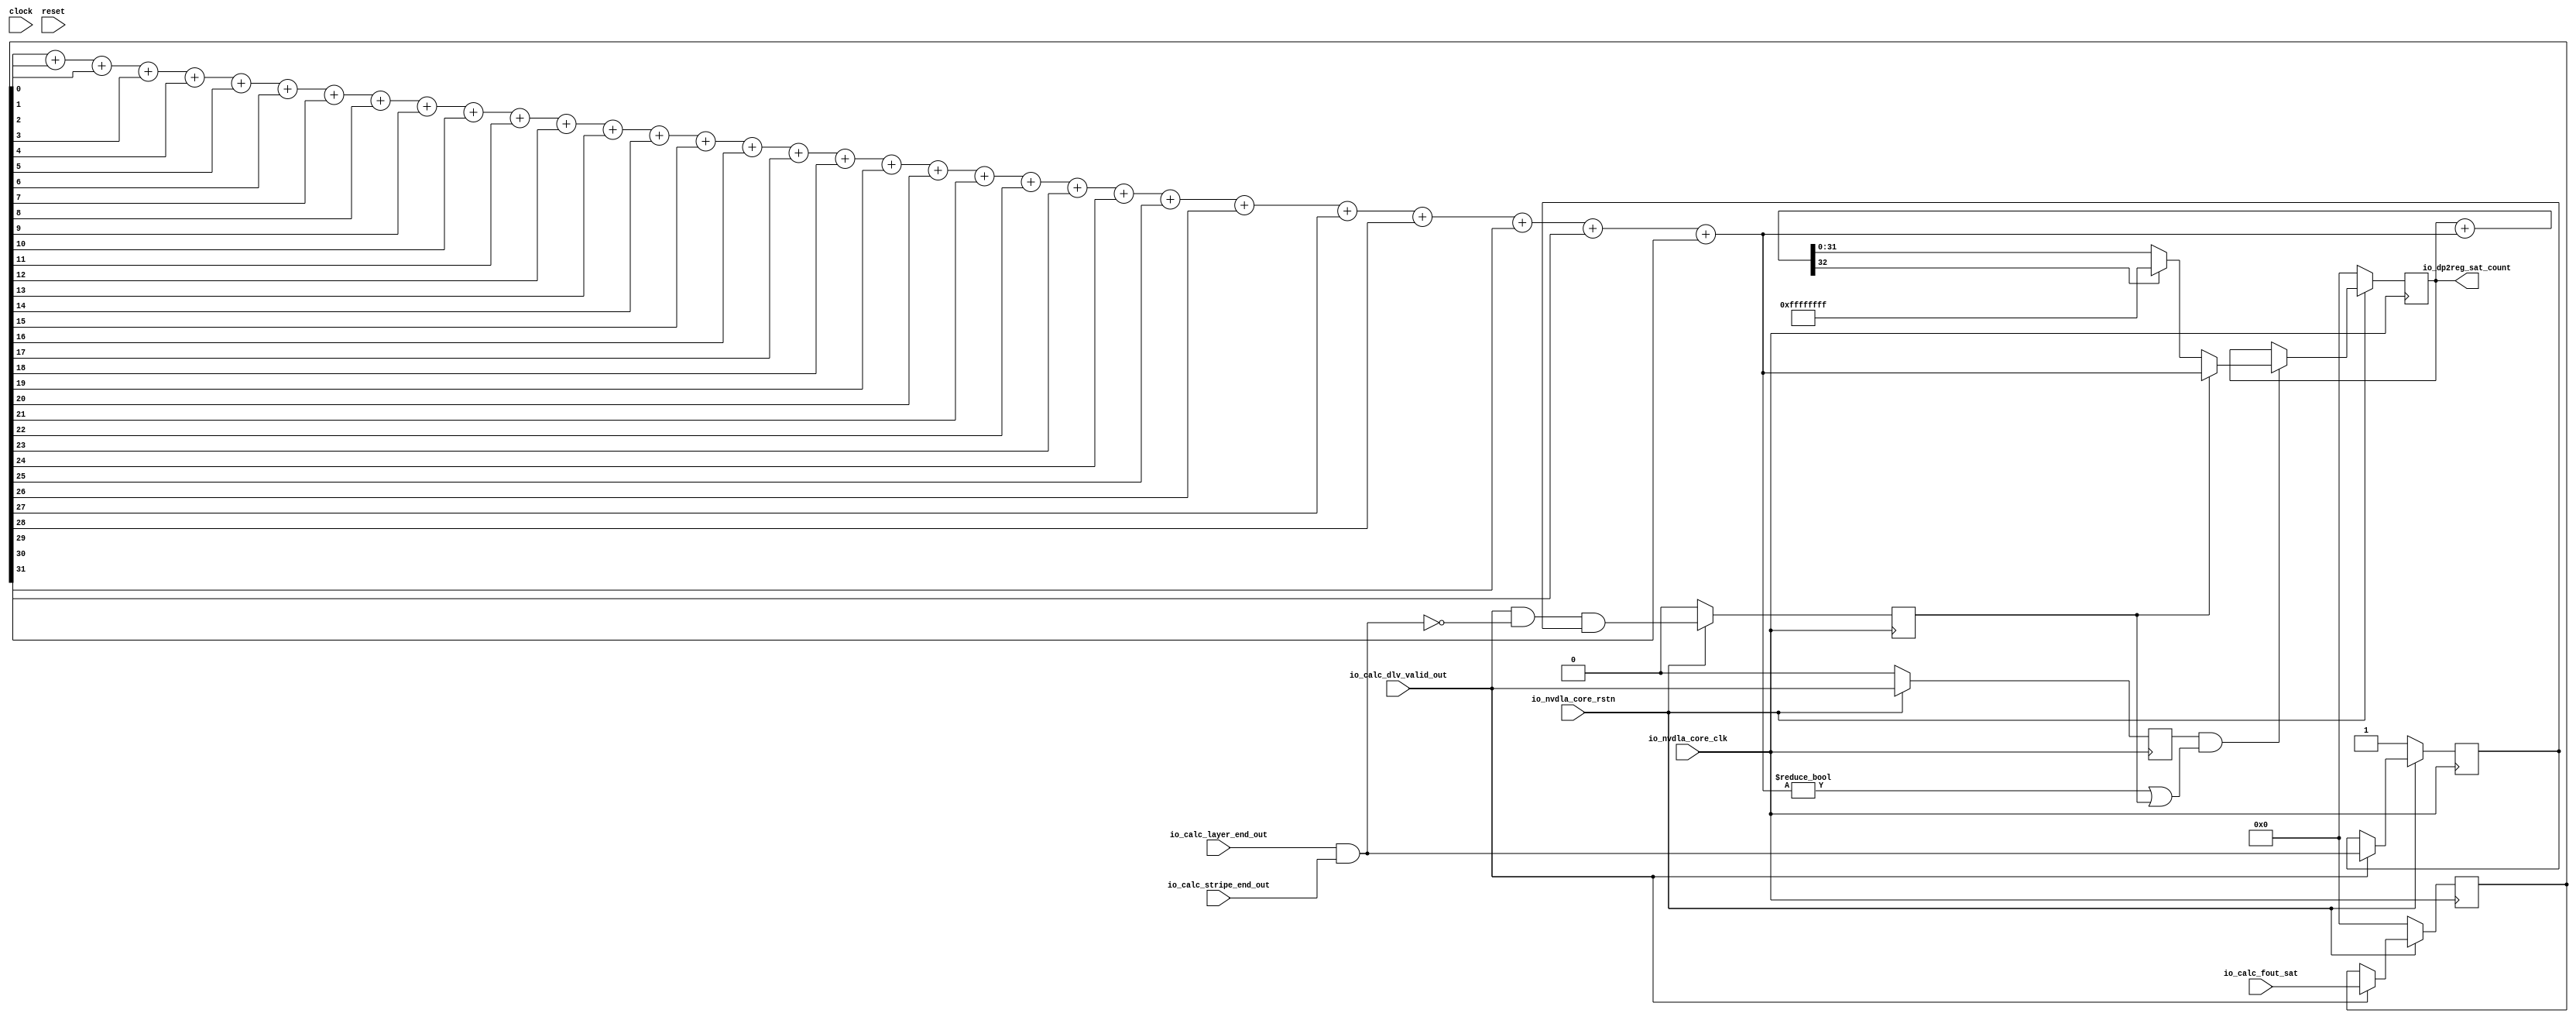
module NV_soDLA_CACC_calculator_oc_gate( // @[:@3.2]
  input         clock, // @[:@4.4]
  input         reset, // @[:@5.4]
  input         io_nvdla_core_clk, // @[:@6.4]
  input         io_nvdla_core_rstn, // @[:@6.4]
  input  [31:0] io_calc_fout_sat, // @[:@6.4]
  input         io_calc_layer_end_out, // @[:@6.4]
  input         io_calc_stripe_end_out, // @[:@6.4]
  input         io_calc_dlv_valid_out, // @[:@6.4]
  output [31:0] io_dp2reg_sat_count // @[:@6.4]
);
  wire  _T_20; // @[NV_soDLA_CACC_calculator_oc_gate.scala 25:38:@8.4]
  reg  dlv_sat_vld_d1; // @[NV_soDLA_CACC_calculator_oc_gate.scala 27:33:@9.4]
  reg [31:0] _RAND_0;
  reg  dlv_sat_end_d1; // @[NV_soDLA_CACC_calculator_oc_gate.scala 28:33:@10.4]
  reg [31:0] _RAND_1;
  reg [31:0] dlv_sat_bit_d1; // @[NV_soDLA_CACC_calculator_oc_gate.scala 29:33:@11.4]
  reg [31:0] _RAND_2;
  reg  dlv_sat_clr_d1; // @[NV_soDLA_CACC_calculator_oc_gate.scala 30:33:@12.4]
  reg [31:0] _RAND_3;
  wire  dlv_sat_end; // @[NV_soDLA_CACC_calculator_oc_gate.scala 33:45:@13.4]
  wire  _T_29; // @[NV_soDLA_CACC_calculator_oc_gate.scala 34:47:@14.4]
  wire  _T_30; // @[NV_soDLA_CACC_calculator_oc_gate.scala 34:45:@15.4]
  wire  dlv_sat_clr; // @[NV_soDLA_CACC_calculator_oc_gate.scala 34:60:@16.4]
  wire  _GEN_0; // @[NV_soDLA_CACC_calculator_oc_gate.scala 37:32:@18.4]
  wire [31:0] _GEN_1; // @[NV_soDLA_CACC_calculator_oc_gate.scala 37:32:@18.4]
  wire  _T_31; // @[NV_soDLA_CACC_calculator_oc_gate.scala 42:77:@23.4]
  wire  _T_32; // @[NV_soDLA_CACC_calculator_oc_gate.scala 42:77:@24.4]
  wire  _T_33; // @[NV_soDLA_CACC_calculator_oc_gate.scala 42:77:@25.4]
  wire  _T_34; // @[NV_soDLA_CACC_calculator_oc_gate.scala 42:77:@26.4]
  wire  _T_35; // @[NV_soDLA_CACC_calculator_oc_gate.scala 42:77:@27.4]
  wire  _T_36; // @[NV_soDLA_CACC_calculator_oc_gate.scala 42:77:@28.4]
  wire  _T_37; // @[NV_soDLA_CACC_calculator_oc_gate.scala 42:77:@29.4]
  wire  _T_38; // @[NV_soDLA_CACC_calculator_oc_gate.scala 42:77:@30.4]
  wire  _T_39; // @[NV_soDLA_CACC_calculator_oc_gate.scala 42:77:@31.4]
  wire  _T_40; // @[NV_soDLA_CACC_calculator_oc_gate.scala 42:77:@32.4]
  wire  _T_41; // @[NV_soDLA_CACC_calculator_oc_gate.scala 42:77:@33.4]
  wire  _T_42; // @[NV_soDLA_CACC_calculator_oc_gate.scala 42:77:@34.4]
  wire  _T_43; // @[NV_soDLA_CACC_calculator_oc_gate.scala 42:77:@35.4]
  wire  _T_44; // @[NV_soDLA_CACC_calculator_oc_gate.scala 42:77:@36.4]
  wire  _T_45; // @[NV_soDLA_CACC_calculator_oc_gate.scala 42:77:@37.4]
  wire  _T_46; // @[NV_soDLA_CACC_calculator_oc_gate.scala 42:77:@38.4]
  wire  _T_47; // @[NV_soDLA_CACC_calculator_oc_gate.scala 42:77:@39.4]
  wire  _T_48; // @[NV_soDLA_CACC_calculator_oc_gate.scala 42:77:@40.4]
  wire  _T_49; // @[NV_soDLA_CACC_calculator_oc_gate.scala 42:77:@41.4]
  wire  _T_50; // @[NV_soDLA_CACC_calculator_oc_gate.scala 42:77:@42.4]
  wire  _T_51; // @[NV_soDLA_CACC_calculator_oc_gate.scala 42:77:@43.4]
  wire  _T_52; // @[NV_soDLA_CACC_calculator_oc_gate.scala 42:77:@44.4]
  wire  _T_53; // @[NV_soDLA_CACC_calculator_oc_gate.scala 42:77:@45.4]
  wire  _T_54; // @[NV_soDLA_CACC_calculator_oc_gate.scala 42:77:@46.4]
  wire  _T_55; // @[NV_soDLA_CACC_calculator_oc_gate.scala 42:77:@47.4]
  wire  _T_56; // @[NV_soDLA_CACC_calculator_oc_gate.scala 42:77:@48.4]
  wire  _T_57; // @[NV_soDLA_CACC_calculator_oc_gate.scala 42:77:@49.4]
  wire  _T_58; // @[NV_soDLA_CACC_calculator_oc_gate.scala 42:77:@50.4]
  wire  _T_59; // @[NV_soDLA_CACC_calculator_oc_gate.scala 42:77:@51.4]
  wire  _T_60; // @[NV_soDLA_CACC_calculator_oc_gate.scala 42:77:@52.4]
  wire  _T_61; // @[NV_soDLA_CACC_calculator_oc_gate.scala 42:77:@53.4]
  wire  _T_62; // @[NV_soDLA_CACC_calculator_oc_gate.scala 42:77:@54.4]
  wire [1:0] _T_101; // @[NV_soDLA_CACC_calculator_oc_gate.scala 42:98:@88.4]
  wire [1:0] _GEN_3; // @[NV_soDLA_CACC_calculator_oc_gate.scala 42:98:@89.4]
  wire [2:0] _T_102; // @[NV_soDLA_CACC_calculator_oc_gate.scala 42:98:@89.4]
  wire [2:0] _GEN_4; // @[NV_soDLA_CACC_calculator_oc_gate.scala 42:98:@90.4]
  wire [3:0] _T_103; // @[NV_soDLA_CACC_calculator_oc_gate.scala 42:98:@90.4]
  wire [3:0] _GEN_5; // @[NV_soDLA_CACC_calculator_oc_gate.scala 42:98:@91.4]
  wire [4:0] _T_104; // @[NV_soDLA_CACC_calculator_oc_gate.scala 42:98:@91.4]
  wire [4:0] _GEN_6; // @[NV_soDLA_CACC_calculator_oc_gate.scala 42:98:@92.4]
  wire [5:0] _T_105; // @[NV_soDLA_CACC_calculator_oc_gate.scala 42:98:@92.4]
  wire [5:0] _GEN_7; // @[NV_soDLA_CACC_calculator_oc_gate.scala 42:98:@93.4]
  wire [6:0] _T_106; // @[NV_soDLA_CACC_calculator_oc_gate.scala 42:98:@93.4]
  wire [6:0] _GEN_8; // @[NV_soDLA_CACC_calculator_oc_gate.scala 42:98:@94.4]
  wire [7:0] _T_107; // @[NV_soDLA_CACC_calculator_oc_gate.scala 42:98:@94.4]
  wire [7:0] _GEN_9; // @[NV_soDLA_CACC_calculator_oc_gate.scala 42:98:@95.4]
  wire [8:0] _T_108; // @[NV_soDLA_CACC_calculator_oc_gate.scala 42:98:@95.4]
  wire [8:0] _GEN_10; // @[NV_soDLA_CACC_calculator_oc_gate.scala 42:98:@96.4]
  wire [9:0] _T_109; // @[NV_soDLA_CACC_calculator_oc_gate.scala 42:98:@96.4]
  wire [9:0] _GEN_11; // @[NV_soDLA_CACC_calculator_oc_gate.scala 42:98:@97.4]
  wire [10:0] _T_110; // @[NV_soDLA_CACC_calculator_oc_gate.scala 42:98:@97.4]
  wire [10:0] _GEN_12; // @[NV_soDLA_CACC_calculator_oc_gate.scala 42:98:@98.4]
  wire [11:0] _T_111; // @[NV_soDLA_CACC_calculator_oc_gate.scala 42:98:@98.4]
  wire [11:0] _GEN_13; // @[NV_soDLA_CACC_calculator_oc_gate.scala 42:98:@99.4]
  wire [12:0] _T_112; // @[NV_soDLA_CACC_calculator_oc_gate.scala 42:98:@99.4]
  wire [12:0] _GEN_14; // @[NV_soDLA_CACC_calculator_oc_gate.scala 42:98:@100.4]
  wire [13:0] _T_113; // @[NV_soDLA_CACC_calculator_oc_gate.scala 42:98:@100.4]
  wire [13:0] _GEN_15; // @[NV_soDLA_CACC_calculator_oc_gate.scala 42:98:@101.4]
  wire [14:0] _T_114; // @[NV_soDLA_CACC_calculator_oc_gate.scala 42:98:@101.4]
  wire [14:0] _GEN_16; // @[NV_soDLA_CACC_calculator_oc_gate.scala 42:98:@102.4]
  wire [15:0] _T_115; // @[NV_soDLA_CACC_calculator_oc_gate.scala 42:98:@102.4]
  wire [15:0] _GEN_17; // @[NV_soDLA_CACC_calculator_oc_gate.scala 42:98:@103.4]
  wire [16:0] _T_116; // @[NV_soDLA_CACC_calculator_oc_gate.scala 42:98:@103.4]
  wire [16:0] _GEN_18; // @[NV_soDLA_CACC_calculator_oc_gate.scala 42:98:@104.4]
  wire [17:0] _T_117; // @[NV_soDLA_CACC_calculator_oc_gate.scala 42:98:@104.4]
  wire [17:0] _GEN_19; // @[NV_soDLA_CACC_calculator_oc_gate.scala 42:98:@105.4]
  wire [18:0] _T_118; // @[NV_soDLA_CACC_calculator_oc_gate.scala 42:98:@105.4]
  wire [18:0] _GEN_20; // @[NV_soDLA_CACC_calculator_oc_gate.scala 42:98:@106.4]
  wire [19:0] _T_119; // @[NV_soDLA_CACC_calculator_oc_gate.scala 42:98:@106.4]
  wire [19:0] _GEN_21; // @[NV_soDLA_CACC_calculator_oc_gate.scala 42:98:@107.4]
  wire [20:0] _T_120; // @[NV_soDLA_CACC_calculator_oc_gate.scala 42:98:@107.4]
  wire [20:0] _GEN_22; // @[NV_soDLA_CACC_calculator_oc_gate.scala 42:98:@108.4]
  wire [21:0] _T_121; // @[NV_soDLA_CACC_calculator_oc_gate.scala 42:98:@108.4]
  wire [21:0] _GEN_23; // @[NV_soDLA_CACC_calculator_oc_gate.scala 42:98:@109.4]
  wire [22:0] _T_122; // @[NV_soDLA_CACC_calculator_oc_gate.scala 42:98:@109.4]
  wire [22:0] _GEN_24; // @[NV_soDLA_CACC_calculator_oc_gate.scala 42:98:@110.4]
  wire [23:0] _T_123; // @[NV_soDLA_CACC_calculator_oc_gate.scala 42:98:@110.4]
  wire [23:0] _GEN_25; // @[NV_soDLA_CACC_calculator_oc_gate.scala 42:98:@111.4]
  wire [24:0] _T_124; // @[NV_soDLA_CACC_calculator_oc_gate.scala 42:98:@111.4]
  wire [24:0] _GEN_26; // @[NV_soDLA_CACC_calculator_oc_gate.scala 42:98:@112.4]
  wire [25:0] _T_125; // @[NV_soDLA_CACC_calculator_oc_gate.scala 42:98:@112.4]
  wire [25:0] _GEN_27; // @[NV_soDLA_CACC_calculator_oc_gate.scala 42:98:@113.4]
  wire [26:0] _T_126; // @[NV_soDLA_CACC_calculator_oc_gate.scala 42:98:@113.4]
  wire [26:0] _GEN_28; // @[NV_soDLA_CACC_calculator_oc_gate.scala 42:98:@114.4]
  wire [27:0] _T_127; // @[NV_soDLA_CACC_calculator_oc_gate.scala 42:98:@114.4]
  wire [27:0] _GEN_29; // @[NV_soDLA_CACC_calculator_oc_gate.scala 42:98:@115.4]
  wire [28:0] _T_128; // @[NV_soDLA_CACC_calculator_oc_gate.scala 42:98:@115.4]
  wire [28:0] _GEN_30; // @[NV_soDLA_CACC_calculator_oc_gate.scala 42:98:@116.4]
  wire [29:0] _T_129; // @[NV_soDLA_CACC_calculator_oc_gate.scala 42:98:@116.4]
  wire [29:0] _GEN_31; // @[NV_soDLA_CACC_calculator_oc_gate.scala 42:98:@117.4]
  wire [30:0] _T_130; // @[NV_soDLA_CACC_calculator_oc_gate.scala 42:98:@117.4]
  wire [30:0] _GEN_32; // @[NV_soDLA_CACC_calculator_oc_gate.scala 42:98:@118.4]
  wire [31:0] sat_sum; // @[NV_soDLA_CACC_calculator_oc_gate.scala 42:98:@118.4]
  reg [31:0] sat_count; // @[NV_soDLA_CACC_calculator_oc_gate.scala 44:28:@119.4]
  reg [31:0] _RAND_4;
  wire [32:0] _T_133; // @[NV_soDLA_CACC_calculator_oc_gate.scala 45:36:@120.4]
  wire [31:0] sat_count_inc; // @[NV_soDLA_CACC_calculator_oc_gate.scala 45:47:@121.4]
  wire  sat_carry; // @[NV_soDLA_CACC_calculator_oc_gate.scala 46:43:@123.4]
  wire [31:0] _T_141; // @[NV_soDLA_CACC_calculator_oc_gate.scala 49:26:@126.4]
  wire [31:0] sat_count_w; // @[NV_soDLA_CACC_calculator_oc_gate.scala 48:23:@127.4]
  wire  _T_144; // @[NV_soDLA_CACC_calculator_oc_gate.scala 50:49:@129.4]
  wire  _T_145; // @[NV_soDLA_CACC_calculator_oc_gate.scala 50:54:@130.4]
  wire  sat_reg_en; // @[NV_soDLA_CACC_calculator_oc_gate.scala 50:37:@131.4]
  wire [31:0] _GEN_2; // @[NV_soDLA_CACC_calculator_oc_gate.scala 51:21:@132.4]
  assign _T_20 = io_nvdla_core_rstn == 1'h0; // @[NV_soDLA_CACC_calculator_oc_gate.scala 25:38:@8.4]
  assign dlv_sat_end = io_calc_layer_end_out & io_calc_stripe_end_out; // @[NV_soDLA_CACC_calculator_oc_gate.scala 33:45:@13.4]
  assign _T_29 = ~ dlv_sat_end; // @[NV_soDLA_CACC_calculator_oc_gate.scala 34:47:@14.4]
  assign _T_30 = io_calc_dlv_valid_out & _T_29; // @[NV_soDLA_CACC_calculator_oc_gate.scala 34:45:@15.4]
  assign dlv_sat_clr = _T_30 & dlv_sat_end_d1; // @[NV_soDLA_CACC_calculator_oc_gate.scala 34:60:@16.4]
  assign _GEN_0 = io_calc_dlv_valid_out ? dlv_sat_end : dlv_sat_end_d1; // @[NV_soDLA_CACC_calculator_oc_gate.scala 37:32:@18.4]
  assign _GEN_1 = io_calc_dlv_valid_out ? io_calc_fout_sat : dlv_sat_bit_d1; // @[NV_soDLA_CACC_calculator_oc_gate.scala 37:32:@18.4]
  assign _T_31 = dlv_sat_bit_d1[0]; // @[NV_soDLA_CACC_calculator_oc_gate.scala 42:77:@23.4]
  assign _T_32 = dlv_sat_bit_d1[1]; // @[NV_soDLA_CACC_calculator_oc_gate.scala 42:77:@24.4]
  assign _T_33 = dlv_sat_bit_d1[2]; // @[NV_soDLA_CACC_calculator_oc_gate.scala 42:77:@25.4]
  assign _T_34 = dlv_sat_bit_d1[3]; // @[NV_soDLA_CACC_calculator_oc_gate.scala 42:77:@26.4]
  assign _T_35 = dlv_sat_bit_d1[4]; // @[NV_soDLA_CACC_calculator_oc_gate.scala 42:77:@27.4]
  assign _T_36 = dlv_sat_bit_d1[5]; // @[NV_soDLA_CACC_calculator_oc_gate.scala 42:77:@28.4]
  assign _T_37 = dlv_sat_bit_d1[6]; // @[NV_soDLA_CACC_calculator_oc_gate.scala 42:77:@29.4]
  assign _T_38 = dlv_sat_bit_d1[7]; // @[NV_soDLA_CACC_calculator_oc_gate.scala 42:77:@30.4]
  assign _T_39 = dlv_sat_bit_d1[8]; // @[NV_soDLA_CACC_calculator_oc_gate.scala 42:77:@31.4]
  assign _T_40 = dlv_sat_bit_d1[9]; // @[NV_soDLA_CACC_calculator_oc_gate.scala 42:77:@32.4]
  assign _T_41 = dlv_sat_bit_d1[10]; // @[NV_soDLA_CACC_calculator_oc_gate.scala 42:77:@33.4]
  assign _T_42 = dlv_sat_bit_d1[11]; // @[NV_soDLA_CACC_calculator_oc_gate.scala 42:77:@34.4]
  assign _T_43 = dlv_sat_bit_d1[12]; // @[NV_soDLA_CACC_calculator_oc_gate.scala 42:77:@35.4]
  assign _T_44 = dlv_sat_bit_d1[13]; // @[NV_soDLA_CACC_calculator_oc_gate.scala 42:77:@36.4]
  assign _T_45 = dlv_sat_bit_d1[14]; // @[NV_soDLA_CACC_calculator_oc_gate.scala 42:77:@37.4]
  assign _T_46 = dlv_sat_bit_d1[15]; // @[NV_soDLA_CACC_calculator_oc_gate.scala 42:77:@38.4]
  assign _T_47 = dlv_sat_bit_d1[16]; // @[NV_soDLA_CACC_calculator_oc_gate.scala 42:77:@39.4]
  assign _T_48 = dlv_sat_bit_d1[17]; // @[NV_soDLA_CACC_calculator_oc_gate.scala 42:77:@40.4]
  assign _T_49 = dlv_sat_bit_d1[18]; // @[NV_soDLA_CACC_calculator_oc_gate.scala 42:77:@41.4]
  assign _T_50 = dlv_sat_bit_d1[19]; // @[NV_soDLA_CACC_calculator_oc_gate.scala 42:77:@42.4]
  assign _T_51 = dlv_sat_bit_d1[20]; // @[NV_soDLA_CACC_calculator_oc_gate.scala 42:77:@43.4]
  assign _T_52 = dlv_sat_bit_d1[21]; // @[NV_soDLA_CACC_calculator_oc_gate.scala 42:77:@44.4]
  assign _T_53 = dlv_sat_bit_d1[22]; // @[NV_soDLA_CACC_calculator_oc_gate.scala 42:77:@45.4]
  assign _T_54 = dlv_sat_bit_d1[23]; // @[NV_soDLA_CACC_calculator_oc_gate.scala 42:77:@46.4]
  assign _T_55 = dlv_sat_bit_d1[24]; // @[NV_soDLA_CACC_calculator_oc_gate.scala 42:77:@47.4]
  assign _T_56 = dlv_sat_bit_d1[25]; // @[NV_soDLA_CACC_calculator_oc_gate.scala 42:77:@48.4]
  assign _T_57 = dlv_sat_bit_d1[26]; // @[NV_soDLA_CACC_calculator_oc_gate.scala 42:77:@49.4]
  assign _T_58 = dlv_sat_bit_d1[27]; // @[NV_soDLA_CACC_calculator_oc_gate.scala 42:77:@50.4]
  assign _T_59 = dlv_sat_bit_d1[28]; // @[NV_soDLA_CACC_calculator_oc_gate.scala 42:77:@51.4]
  assign _T_60 = dlv_sat_bit_d1[29]; // @[NV_soDLA_CACC_calculator_oc_gate.scala 42:77:@52.4]
  assign _T_61 = dlv_sat_bit_d1[30]; // @[NV_soDLA_CACC_calculator_oc_gate.scala 42:77:@53.4]
  assign _T_62 = dlv_sat_bit_d1[31]; // @[NV_soDLA_CACC_calculator_oc_gate.scala 42:77:@54.4]
  assign _T_101 = _T_31 + _T_32; // @[NV_soDLA_CACC_calculator_oc_gate.scala 42:98:@88.4]
  assign _GEN_3 = {{1'd0}, _T_33}; // @[NV_soDLA_CACC_calculator_oc_gate.scala 42:98:@89.4]
  assign _T_102 = _T_101 + _GEN_3; // @[NV_soDLA_CACC_calculator_oc_gate.scala 42:98:@89.4]
  assign _GEN_4 = {{2'd0}, _T_34}; // @[NV_soDLA_CACC_calculator_oc_gate.scala 42:98:@90.4]
  assign _T_103 = _T_102 + _GEN_4; // @[NV_soDLA_CACC_calculator_oc_gate.scala 42:98:@90.4]
  assign _GEN_5 = {{3'd0}, _T_35}; // @[NV_soDLA_CACC_calculator_oc_gate.scala 42:98:@91.4]
  assign _T_104 = _T_103 + _GEN_5; // @[NV_soDLA_CACC_calculator_oc_gate.scala 42:98:@91.4]
  assign _GEN_6 = {{4'd0}, _T_36}; // @[NV_soDLA_CACC_calculator_oc_gate.scala 42:98:@92.4]
  assign _T_105 = _T_104 + _GEN_6; // @[NV_soDLA_CACC_calculator_oc_gate.scala 42:98:@92.4]
  assign _GEN_7 = {{5'd0}, _T_37}; // @[NV_soDLA_CACC_calculator_oc_gate.scala 42:98:@93.4]
  assign _T_106 = _T_105 + _GEN_7; // @[NV_soDLA_CACC_calculator_oc_gate.scala 42:98:@93.4]
  assign _GEN_8 = {{6'd0}, _T_38}; // @[NV_soDLA_CACC_calculator_oc_gate.scala 42:98:@94.4]
  assign _T_107 = _T_106 + _GEN_8; // @[NV_soDLA_CACC_calculator_oc_gate.scala 42:98:@94.4]
  assign _GEN_9 = {{7'd0}, _T_39}; // @[NV_soDLA_CACC_calculator_oc_gate.scala 42:98:@95.4]
  assign _T_108 = _T_107 + _GEN_9; // @[NV_soDLA_CACC_calculator_oc_gate.scala 42:98:@95.4]
  assign _GEN_10 = {{8'd0}, _T_40}; // @[NV_soDLA_CACC_calculator_oc_gate.scala 42:98:@96.4]
  assign _T_109 = _T_108 + _GEN_10; // @[NV_soDLA_CACC_calculator_oc_gate.scala 42:98:@96.4]
  assign _GEN_11 = {{9'd0}, _T_41}; // @[NV_soDLA_CACC_calculator_oc_gate.scala 42:98:@97.4]
  assign _T_110 = _T_109 + _GEN_11; // @[NV_soDLA_CACC_calculator_oc_gate.scala 42:98:@97.4]
  assign _GEN_12 = {{10'd0}, _T_42}; // @[NV_soDLA_CACC_calculator_oc_gate.scala 42:98:@98.4]
  assign _T_111 = _T_110 + _GEN_12; // @[NV_soDLA_CACC_calculator_oc_gate.scala 42:98:@98.4]
  assign _GEN_13 = {{11'd0}, _T_43}; // @[NV_soDLA_CACC_calculator_oc_gate.scala 42:98:@99.4]
  assign _T_112 = _T_111 + _GEN_13; // @[NV_soDLA_CACC_calculator_oc_gate.scala 42:98:@99.4]
  assign _GEN_14 = {{12'd0}, _T_44}; // @[NV_soDLA_CACC_calculator_oc_gate.scala 42:98:@100.4]
  assign _T_113 = _T_112 + _GEN_14; // @[NV_soDLA_CACC_calculator_oc_gate.scala 42:98:@100.4]
  assign _GEN_15 = {{13'd0}, _T_45}; // @[NV_soDLA_CACC_calculator_oc_gate.scala 42:98:@101.4]
  assign _T_114 = _T_113 + _GEN_15; // @[NV_soDLA_CACC_calculator_oc_gate.scala 42:98:@101.4]
  assign _GEN_16 = {{14'd0}, _T_46}; // @[NV_soDLA_CACC_calculator_oc_gate.scala 42:98:@102.4]
  assign _T_115 = _T_114 + _GEN_16; // @[NV_soDLA_CACC_calculator_oc_gate.scala 42:98:@102.4]
  assign _GEN_17 = {{15'd0}, _T_47}; // @[NV_soDLA_CACC_calculator_oc_gate.scala 42:98:@103.4]
  assign _T_116 = _T_115 + _GEN_17; // @[NV_soDLA_CACC_calculator_oc_gate.scala 42:98:@103.4]
  assign _GEN_18 = {{16'd0}, _T_48}; // @[NV_soDLA_CACC_calculator_oc_gate.scala 42:98:@104.4]
  assign _T_117 = _T_116 + _GEN_18; // @[NV_soDLA_CACC_calculator_oc_gate.scala 42:98:@104.4]
  assign _GEN_19 = {{17'd0}, _T_49}; // @[NV_soDLA_CACC_calculator_oc_gate.scala 42:98:@105.4]
  assign _T_118 = _T_117 + _GEN_19; // @[NV_soDLA_CACC_calculator_oc_gate.scala 42:98:@105.4]
  assign _GEN_20 = {{18'd0}, _T_50}; // @[NV_soDLA_CACC_calculator_oc_gate.scala 42:98:@106.4]
  assign _T_119 = _T_118 + _GEN_20; // @[NV_soDLA_CACC_calculator_oc_gate.scala 42:98:@106.4]
  assign _GEN_21 = {{19'd0}, _T_51}; // @[NV_soDLA_CACC_calculator_oc_gate.scala 42:98:@107.4]
  assign _T_120 = _T_119 + _GEN_21; // @[NV_soDLA_CACC_calculator_oc_gate.scala 42:98:@107.4]
  assign _GEN_22 = {{20'd0}, _T_52}; // @[NV_soDLA_CACC_calculator_oc_gate.scala 42:98:@108.4]
  assign _T_121 = _T_120 + _GEN_22; // @[NV_soDLA_CACC_calculator_oc_gate.scala 42:98:@108.4]
  assign _GEN_23 = {{21'd0}, _T_53}; // @[NV_soDLA_CACC_calculator_oc_gate.scala 42:98:@109.4]
  assign _T_122 = _T_121 + _GEN_23; // @[NV_soDLA_CACC_calculator_oc_gate.scala 42:98:@109.4]
  assign _GEN_24 = {{22'd0}, _T_54}; // @[NV_soDLA_CACC_calculator_oc_gate.scala 42:98:@110.4]
  assign _T_123 = _T_122 + _GEN_24; // @[NV_soDLA_CACC_calculator_oc_gate.scala 42:98:@110.4]
  assign _GEN_25 = {{23'd0}, _T_55}; // @[NV_soDLA_CACC_calculator_oc_gate.scala 42:98:@111.4]
  assign _T_124 = _T_123 + _GEN_25; // @[NV_soDLA_CACC_calculator_oc_gate.scala 42:98:@111.4]
  assign _GEN_26 = {{24'd0}, _T_56}; // @[NV_soDLA_CACC_calculator_oc_gate.scala 42:98:@112.4]
  assign _T_125 = _T_124 + _GEN_26; // @[NV_soDLA_CACC_calculator_oc_gate.scala 42:98:@112.4]
  assign _GEN_27 = {{25'd0}, _T_57}; // @[NV_soDLA_CACC_calculator_oc_gate.scala 42:98:@113.4]
  assign _T_126 = _T_125 + _GEN_27; // @[NV_soDLA_CACC_calculator_oc_gate.scala 42:98:@113.4]
  assign _GEN_28 = {{26'd0}, _T_58}; // @[NV_soDLA_CACC_calculator_oc_gate.scala 42:98:@114.4]
  assign _T_127 = _T_126 + _GEN_28; // @[NV_soDLA_CACC_calculator_oc_gate.scala 42:98:@114.4]
  assign _GEN_29 = {{27'd0}, _T_59}; // @[NV_soDLA_CACC_calculator_oc_gate.scala 42:98:@115.4]
  assign _T_128 = _T_127 + _GEN_29; // @[NV_soDLA_CACC_calculator_oc_gate.scala 42:98:@115.4]
  assign _GEN_30 = {{28'd0}, _T_60}; // @[NV_soDLA_CACC_calculator_oc_gate.scala 42:98:@116.4]
  assign _T_129 = _T_128 + _GEN_30; // @[NV_soDLA_CACC_calculator_oc_gate.scala 42:98:@116.4]
  assign _GEN_31 = {{29'd0}, _T_61}; // @[NV_soDLA_CACC_calculator_oc_gate.scala 42:98:@117.4]
  assign _T_130 = _T_129 + _GEN_31; // @[NV_soDLA_CACC_calculator_oc_gate.scala 42:98:@117.4]
  assign _GEN_32 = {{30'd0}, _T_62}; // @[NV_soDLA_CACC_calculator_oc_gate.scala 42:98:@118.4]
  assign sat_sum = _T_130 + _GEN_32; // @[NV_soDLA_CACC_calculator_oc_gate.scala 42:98:@118.4]
  assign _T_133 = sat_count + sat_sum; // @[NV_soDLA_CACC_calculator_oc_gate.scala 45:36:@120.4]
  assign sat_count_inc = _T_133[31:0]; // @[NV_soDLA_CACC_calculator_oc_gate.scala 45:47:@121.4]
  assign sat_carry = _T_133[32]; // @[NV_soDLA_CACC_calculator_oc_gate.scala 46:43:@123.4]
  assign _T_141 = sat_carry ? 32'hffffffff : sat_count_inc; // @[NV_soDLA_CACC_calculator_oc_gate.scala 49:26:@126.4]
  assign sat_count_w = dlv_sat_clr_d1 ? sat_sum : _T_141; // @[NV_soDLA_CACC_calculator_oc_gate.scala 48:23:@127.4]
  assign _T_144 = sat_sum != 32'h0; // @[NV_soDLA_CACC_calculator_oc_gate.scala 50:49:@129.4]
  assign _T_145 = _T_144 | dlv_sat_clr_d1; // @[NV_soDLA_CACC_calculator_oc_gate.scala 50:54:@130.4]
  assign sat_reg_en = dlv_sat_vld_d1 & _T_145; // @[NV_soDLA_CACC_calculator_oc_gate.scala 50:37:@131.4]
  assign _GEN_2 = sat_reg_en ? sat_count_w : sat_count; // @[NV_soDLA_CACC_calculator_oc_gate.scala 51:21:@132.4]
  assign io_dp2reg_sat_count = sat_count; // @[NV_soDLA_CACC_calculator_oc_gate.scala 55:25:@135.4]
`ifdef RANDOMIZE_GARBAGE_ASSIGN
`define RANDOMIZE
`endif
`ifdef RANDOMIZE_INVALID_ASSIGN
`define RANDOMIZE
`endif
`ifdef RANDOMIZE_REG_INIT
`define RANDOMIZE
`endif
`ifdef RANDOMIZE_MEM_INIT
`define RANDOMIZE
`endif
`ifndef RANDOM
`define RANDOM $random
`endif
`ifdef RANDOMIZE
  integer initvar;
  initial begin
    `ifdef INIT_RANDOM
      `INIT_RANDOM
    `endif
    `ifndef VERILATOR
      #0.002 begin end
    `endif
  `ifdef RANDOMIZE_REG_INIT
  _RAND_0 = {1{`RANDOM}};
  dlv_sat_vld_d1 = _RAND_0[0:0];
  `endif // RANDOMIZE_REG_INIT
  `ifdef RANDOMIZE_REG_INIT
  _RAND_1 = {1{`RANDOM}};
  dlv_sat_end_d1 = _RAND_1[0:0];
  `endif // RANDOMIZE_REG_INIT
  `ifdef RANDOMIZE_REG_INIT
  _RAND_2 = {1{`RANDOM}};
  dlv_sat_bit_d1 = _RAND_2[31:0];
  `endif // RANDOMIZE_REG_INIT
  `ifdef RANDOMIZE_REG_INIT
  _RAND_3 = {1{`RANDOM}};
  dlv_sat_clr_d1 = _RAND_3[0:0];
  `endif // RANDOMIZE_REG_INIT
  `ifdef RANDOMIZE_REG_INIT
  _RAND_4 = {1{`RANDOM}};
  sat_count = _RAND_4[31:0];
  `endif // RANDOMIZE_REG_INIT
  end
`endif // RANDOMIZE
  always @(posedge io_nvdla_core_clk) begin
    if (_T_20) begin
      dlv_sat_vld_d1 <= 1'h0;
    end else begin
      dlv_sat_vld_d1 <= io_calc_dlv_valid_out;
    end
    if (_T_20) begin
      dlv_sat_end_d1 <= 1'h1;
    end else begin
      if (io_calc_dlv_valid_out) begin
        dlv_sat_end_d1 <= dlv_sat_end;
      end
    end
    if (_T_20) begin
      dlv_sat_bit_d1 <= 32'h0;
    end else begin
      if (io_calc_dlv_valid_out) begin
        dlv_sat_bit_d1 <= io_calc_fout_sat;
      end
    end
    if (_T_20) begin
      dlv_sat_clr_d1 <= 1'h0;
    end else begin
      dlv_sat_clr_d1 <= dlv_sat_clr;
    end
    if (_T_20) begin
      sat_count <= 32'h0;
    end else begin
      if (sat_reg_en) begin
        if (dlv_sat_clr_d1) begin
          sat_count <= sat_sum;
        end else begin
          if (sat_carry) begin
            sat_count <= 32'hffffffff;
          end else begin
            sat_count <= sat_count_inc;
          end
        end
      end
    end
  end
endmodule